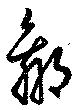
羸